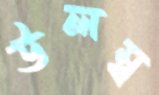
উলম্ব